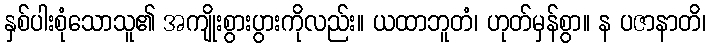
နှစ်ပါးစုံသောသူ၏ အကျိုးစွားပွားကိုလည်း။ ယထာဘူတံ၊ ဟုတ်မှန်စွာ။ န ပဇာနာတိ၊